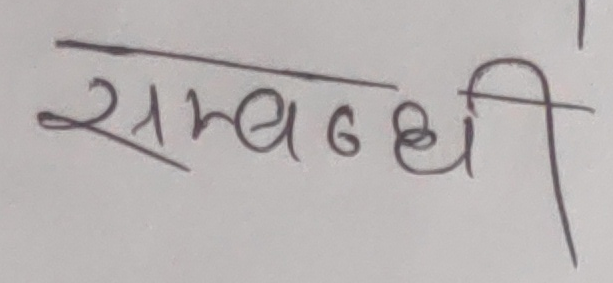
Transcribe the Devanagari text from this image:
सम्बन्धी